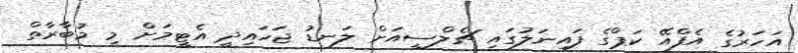
އަހަރުގެ އެފްއޭ ކަޕްގެ ފައިނަލުގައި ޗެލްސީއަށް ލަނޑު ޖަހައިދީ އެޓީމަށް މި މުބާރާތް